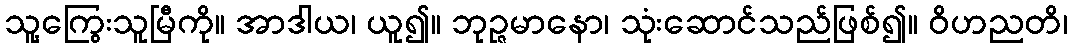
သူ့ကြွေးသူမြီကို။ အာဒါယ၊ ယူ၍။ ဘုဉ္ဇမာနော၊ သုံးဆောင်သည်ဖြစ်၍။ ဝိဟညတိ၊